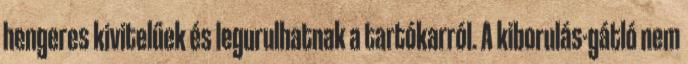
hengeres kivitelűek és legurulhatnak a tartókarról. A kiborulás-gátló nem